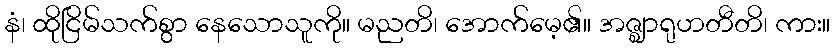
နံ၊ ထိုငြိမ်သက်စွာ နေသောသူကို။ မညတိ၊ အောက်မေ့၏။ အဇ္ဈာရုဟတီတိ၊ ကား။